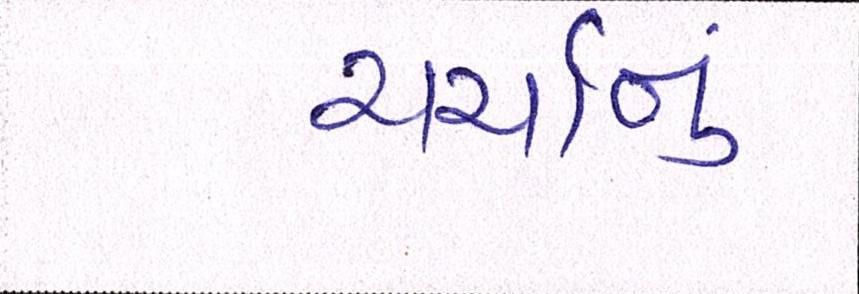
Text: ચર્ચાનું